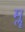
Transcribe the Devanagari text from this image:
मॣ